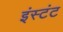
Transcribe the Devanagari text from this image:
इंस्टंट